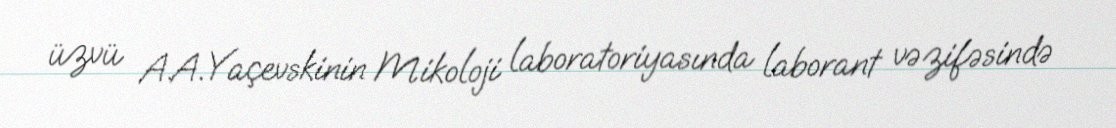
üzvü A.A.Yaçevskinin Mikoloji laboratoriyasında laborant vəzifəsində